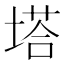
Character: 塔